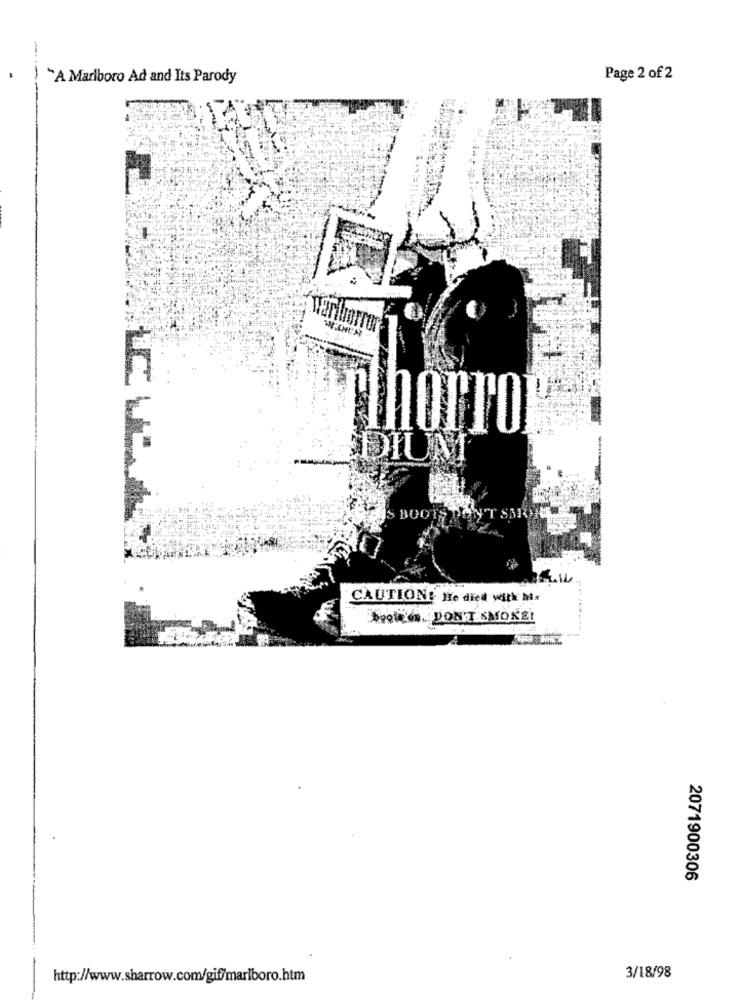
-
`A Marlboro Ad and Its Parody
Page 2 of 2
Marihorror
"ihorror
DIUM
S BOOTER
CAUTION! He died with his
A.DON'T SMOKE!
2071900306
http://www.sharrow.com/gif/marlboro.htm
3/18/98